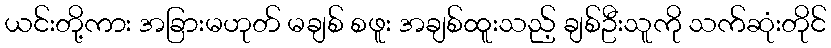
ယင်းတို့ကား အခြားမဟုတ် မချစ် စဖူး အချစ်ထူးသည့် ချစ်ဦးသူကို သက်ဆုံးတိုင်